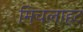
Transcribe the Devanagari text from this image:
मिचलाहट